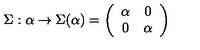
\Sigma : \alpha \rightarrow \Sigma ( \alpha ) = \left( \begin{array} { c c } { \alpha } & { 0 } \\ { 0 } & { \alpha } \\ \end{array} \right)